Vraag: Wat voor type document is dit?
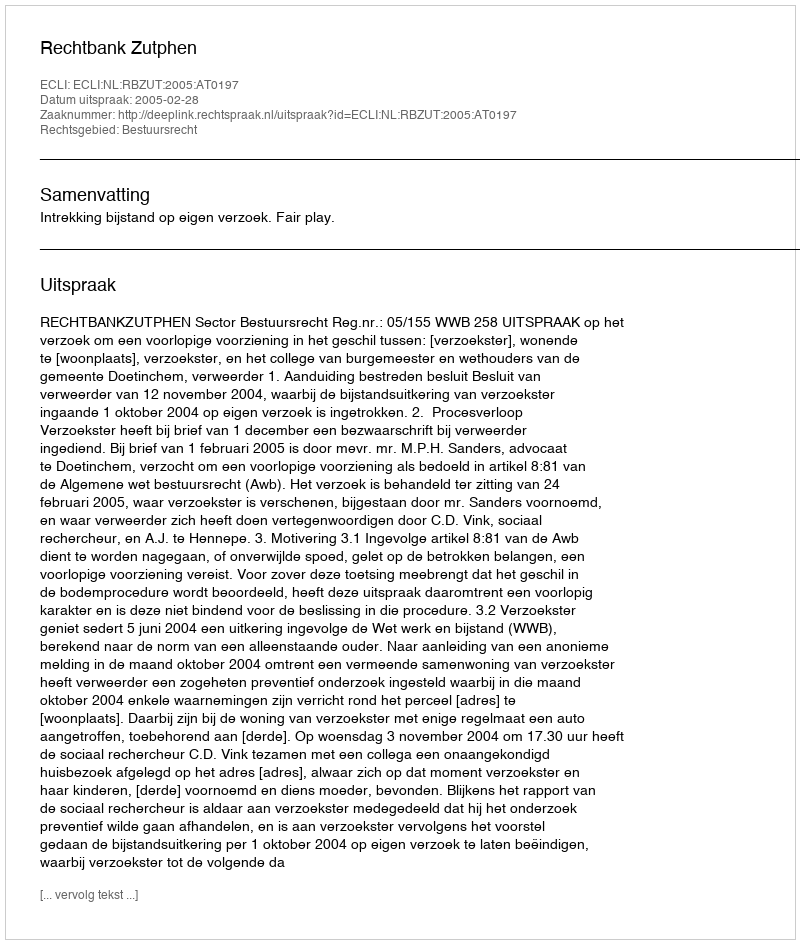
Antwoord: Uitspraak